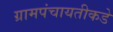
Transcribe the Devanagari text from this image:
ग्रामपंचायतीकडे